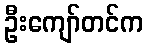
ဦးကျော်တင်က